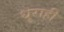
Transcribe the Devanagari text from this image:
धुराही